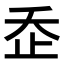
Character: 𣥚